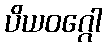
ပိယဝဂ္ဂေါ